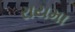
રાયમા